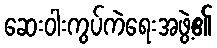
ဆေးဝါးကွပ်ကဲရေးအဖွဲ့၏